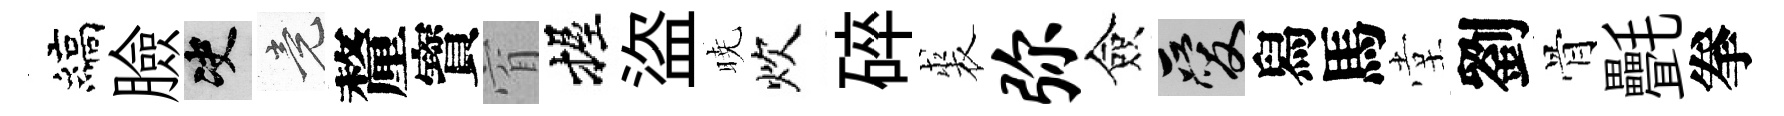
縞臉决竟釐寳窅握盜暁炊碎裘弥僉爱舄馬堂劉骨㲲拳